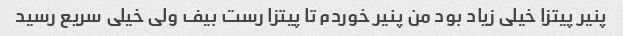
پنیر پیتزا خیلی زیاد بود من پنیر خوردم تا پیتزا رست بیف ولی خیلی سریع رسید